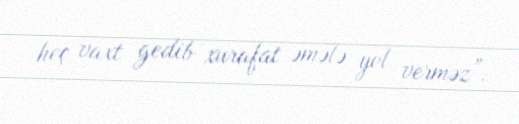
heç vaxt gedib xurafat əmələ yol verməz”.